Leaving Certificate Examination, 1912
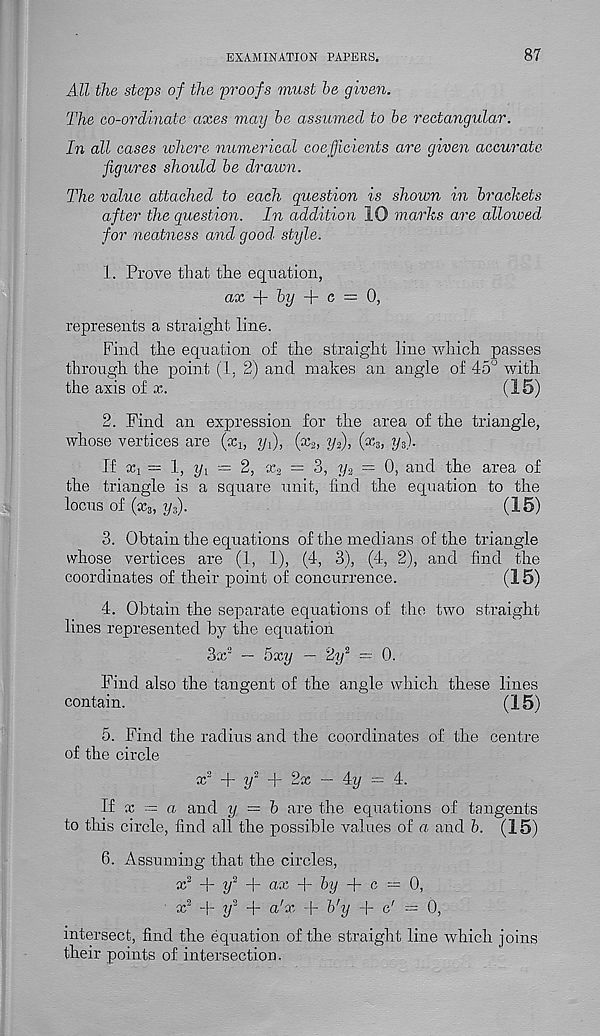
EXAMINATION PAPERS.
87
All the steps of the proofs must be given.
The co-ordinate axes may be assumed to be rectangular.
In all cases where numerical coefficients are given accurate
figures should be drawn.
The value attached to each question is shown in brackets
after the question. In addition 10 marks are alloioed
for neatness and good' style.
1. Prove that the equation,
ax A- by
c = 0,
represents a straight line.
Find the equation of the straight line which passes
through the point (1. 2) and makes an angle of 45° with
the axis of x.
(15)
2. Find an expression for the area of the triangle,
whose vertices are (xj, yf), (x 2 , ?/ 2 ), (x 3 , y s ).
If Xi = 1, y { = 2, x 2 = 3, y-2 = 0, and the area of
the triangle is a square unit, find the equation to the
locus of (x 3 , yffi.
(15)
3. Obtain the equations of the medians of the triangle
whose vertices are (1, 1), (4, 3), (4, 2), and find the
coordinates of their point of concurrence.
(15)
4. Obtain the separate equations of the two straight
lines represented by the equation
3x 2 — 5xy — 2y 2 — 0.
Find also the tangent of the angle which these lines
contain.
(15)
5. Find the radius and the coordinates of the centre
of the circle
x 2 + y 2 + 2x — 4?/ = 4.
If x = a and y — b are the equations of tangents
to this circle, find all the possible values of a and b. (15)
6. Assuming that the circles,
x 2 + y 2
ax
by A- c — 0,
x? + y 2 + a'x + b'y + c' = 0,
intersect, find the equation of the straight line which joins
their points of intersection.